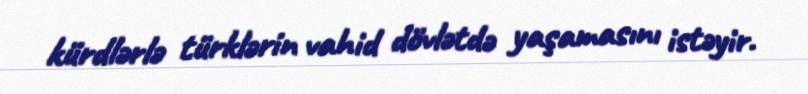
kürdlərlə türklərin vahid dövlətdə yaşamasını istəyir.